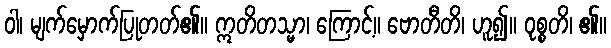
ဝါ၊ မျက်မှောက်ပြုတတ်၏။ ဣတိတသ္မာ၊ ကြောင့်။ ဗောတီတိ၊ ဟူ၍။ ဝုစ္စတိ၊ ၏။